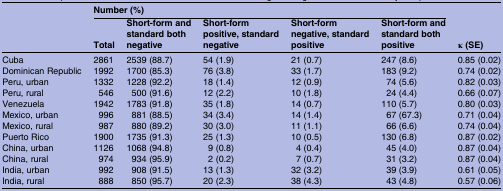
|  | <COLSPAN=5> Number (%) | <ROWSPAN=2> κ (SE) |
 |  | Total | Short-form and standard both negative | Short-form positive, standard negative | Short-form negative, standard positive | Short-form and standard both positive |
 | --- | --- | --- | --- | --- | --- | --- |
 | Cuba | 2861 | 2539 (88.7) | 54 (1.9) | 21 (0.7) | 247 (8.6) | 0.85 (0.02) |
 | Dominican Republic | 1992 | 1700 (85.3) | 76 (3.8) | 33 (1.7) | 183 (9.2) | 0.74 (0.02) |
 | Peru, urban | 1332 | 1228 (92.2) | 18 (1.4) | 12 (0.9) | 74 (5.6) | 0.82 (0.03) |
 | Peru, rural | 546 | 500 (91.6) | 12 (2.2) | 10 (1.8) | 24 (4.4) | 0.66 (0.07) |
 | Venezuela | 1942 | 1783 (91.8) | 35 (1.8) | 14 (0.7) | 110 (5.7) | 0.80 (0.03) |
 | Mexico, urban | 996 | 881 (88.5) | 34 (3.4) | 14 (1.4) | 67 (67.3) | 0.71 (0.04) |
 | Mexico, rural | 987 | 880 (89.2) | 30 (3.0) | 11 (1.1) | 66 (6.6) | 0.74 (0.04) |
 | Puerto Rico | 1900 | 1735 (91.3) | 25 (1.3) | 10 (0.5) | 130 (6.8) | 0.87 (0.02) |
 | China, urban | 1126 | 1068 (94.8) | 9 (0.8) | 4 (0.4) | 45 (4.0) | 0.87 (0.04) |
 | China, rural | 974 | 934 (95.9) | 2 (0.2) | 7 (0.7) | 31 (3.2) | 0.87 (0.04) |
 | India, urban | 992 | 908 (91.5) | 13 (1.3) | 32 (3.2) | 39 (3.9) | 0.61 (0.05) |
 | India, rural | 888 | 850 (95.7) | 20 (2.3) | 38 (4.3) | 43 (4.8) | 0.57 (0.06) |